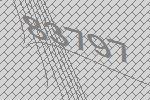
83797